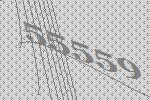
55559